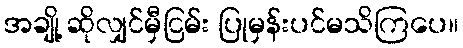
အချို့ ဆိုလျှင်မှီငြမ်း ပြုမှန်းပင်မသိကြပေ။